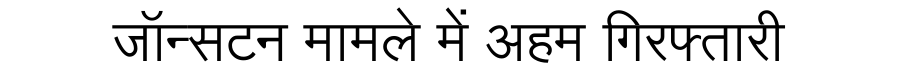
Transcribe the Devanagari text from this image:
जॉन्सटन मामले में अहम गिरफ्तारी